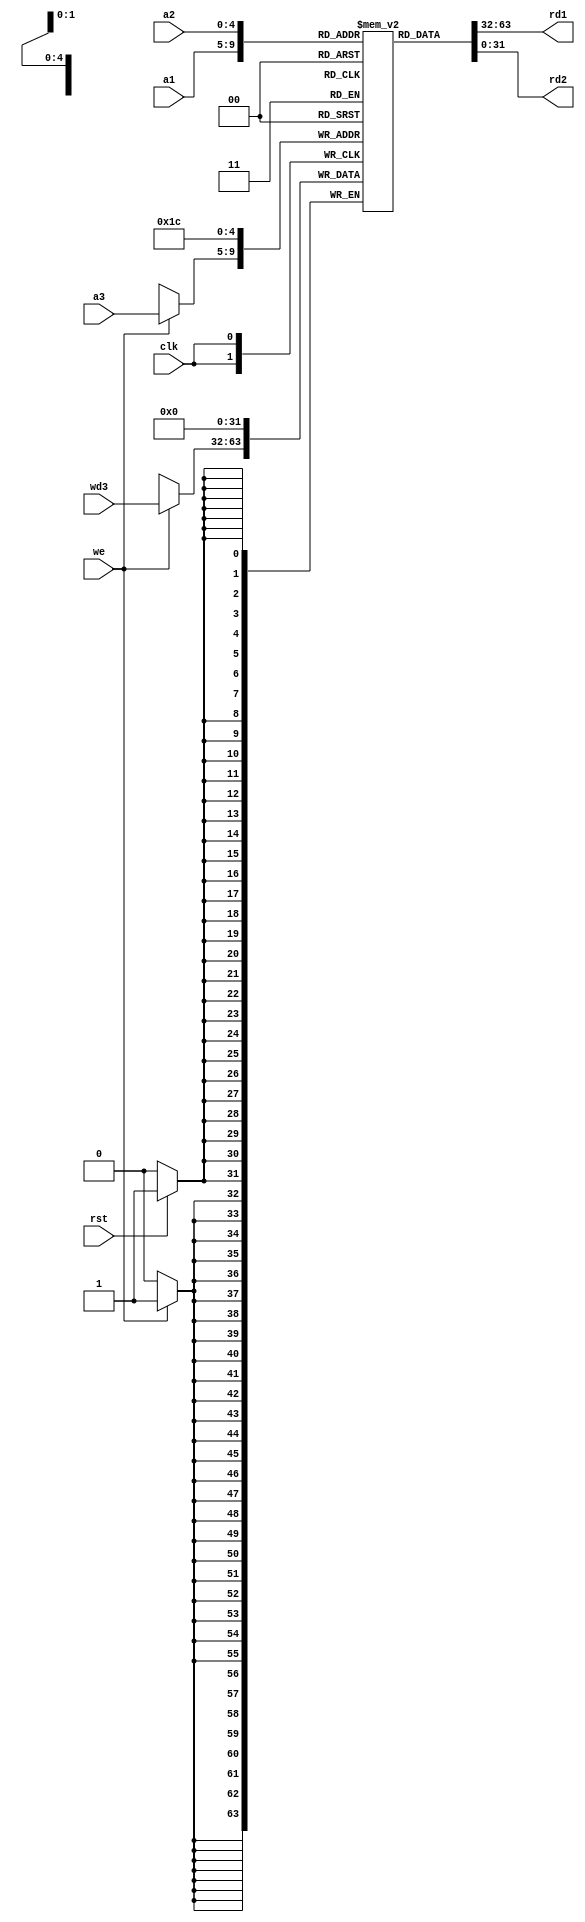
module reg_file(
	input [4:0] a1, a2, a3,
	input [31:0] wd3,
	input clk, rst, we,
	output [31:0] rd1, rd2
);

reg [31:0] mem[31:0];

assign rd1 = mem[a1];
assign rd2 = mem[a2];

always @ (posedge clk) begin
	if (rst)
		mem[28] = 32'b0;
	if (we)
		mem[a3] <= wd3;
end

endmodule